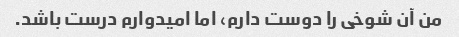
من آن شوخی را دوست دارم، اما امیدوارم درست باشد.